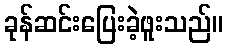
ခုန်ဆင်းပြေးခဲ့ဖူးသည်။